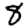
Digit: 8